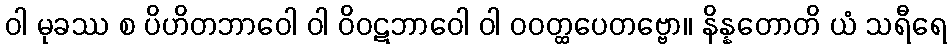
ဝါ မုခဿ စ ပိဟိတဘာဝေါ ဝါ ဝိဝဋဘာဝေါ ဝါ ဝဝတ္ထပေတဗ္ဗော။ နိန္နတောတိ ယံ သရီရေ